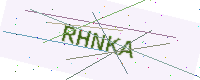
Text: RHNKA